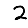
Digit: 2